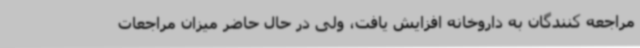
مراجعه کنندگان به داروخانه افزایش یافت، ولی در حال حاضر میزان مراجعات